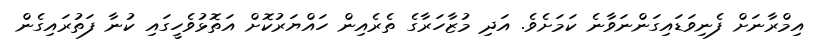
އިމްރާނަށް ފެނިވަޑައިގަންނަވާނެ ކަމަށެވެ. އަދި މުޒާހަރާގެ ތެރެއިން ހައްޔަރުކޮށް އަތޮޅުވެހީގައި ކުނާ ފަތުރައިގެން